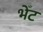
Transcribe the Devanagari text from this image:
भेँट